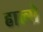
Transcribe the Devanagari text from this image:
हाल्से